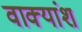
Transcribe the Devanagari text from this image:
वाक्‍यांश